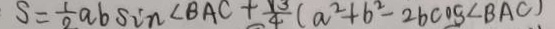
S = \frac { 1 } { 2 } a b \sin \angle B A C + \frac { \sqrt { 3 } } { 4 } ( a ^ { 2 } + b ^ { 2 } - 2 b \cos \angle B A C )